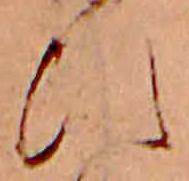
ひ